画像に写った文字を読んでください
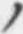
「ノ」と書いてあります